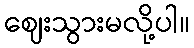
ဈေးသွားမလို့ပါ။